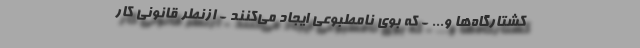
کشتارگاه‌ها و... - که بوی نامطبوعی ایجاد می‌کنند - ازنطر قانونی کار